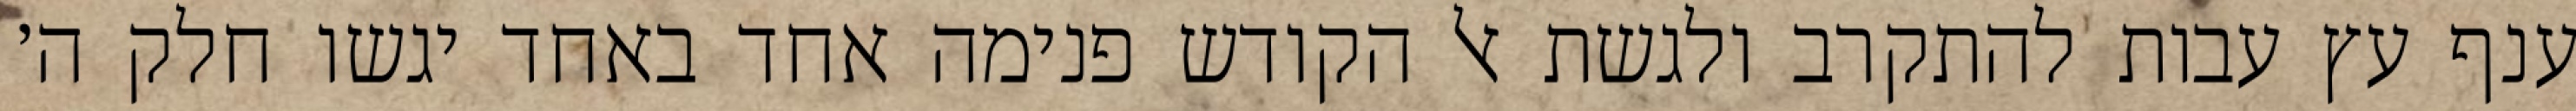
ענף עץ עבות להתקרב ולגשת אל הקודש פנימה אחד באחד יגשו חלק ה׳